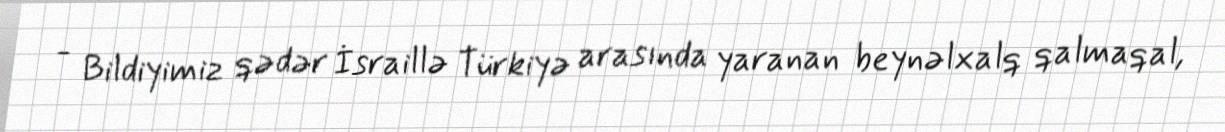
- Bildiyimiz qədər İsraillə Türkiyə arasında yaranan beynəlxalq qalmaqal,